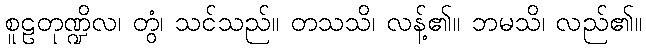
စူဠတုဏ္ဍိလ၊ တွံ၊ သင်သည်။ တသသိ၊ လန့်၏။ ဘမသိ၊ လည်၏။